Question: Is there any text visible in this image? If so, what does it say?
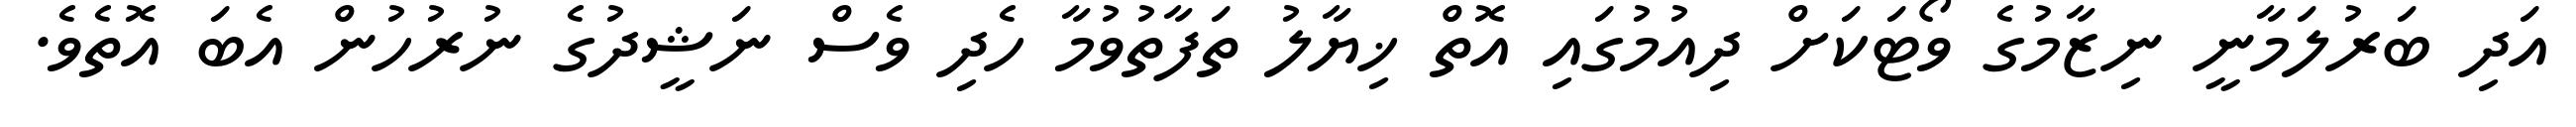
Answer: އަދި ބަރުލަމާނީ ނިޒާމުގެ ވޯޓަކަށް ދިއުމުގައި އޮތް ޚިޔާލު ތަފާތުވުމާ ހެދި ވެސް ނަޝީދުގެ ނުރުހުން އެބަ އޮތެވެ.